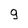
Character: g